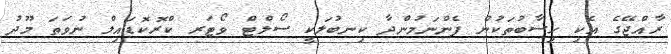
ރާއްޖޭގެ އެކި ހިސާބުތަކުން ފެންނަމުންދާ ކިނބުލަކީ ސޯލްޓް ވޯޓަރ ކްރޮކޮޑައިލް ނުވަތަ މޫދު